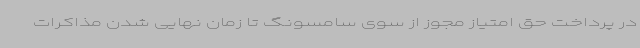
در پرداخت حق امتیاز مجوز از سوی سامسونگ تا زمان نهایی شدن مذاکرات